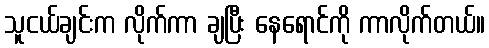
သူငယ်ချင်းက လိုက်ကာ ချပြီး နေရောင်ကို ကာလိုက်တယ်။